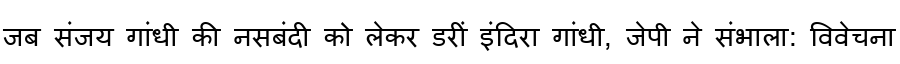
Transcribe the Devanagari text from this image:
जब संजय गांधी की नसबंदी को लेकर डरीं इंदिरा गांधी, जेपी ने संभाला: विवेचना